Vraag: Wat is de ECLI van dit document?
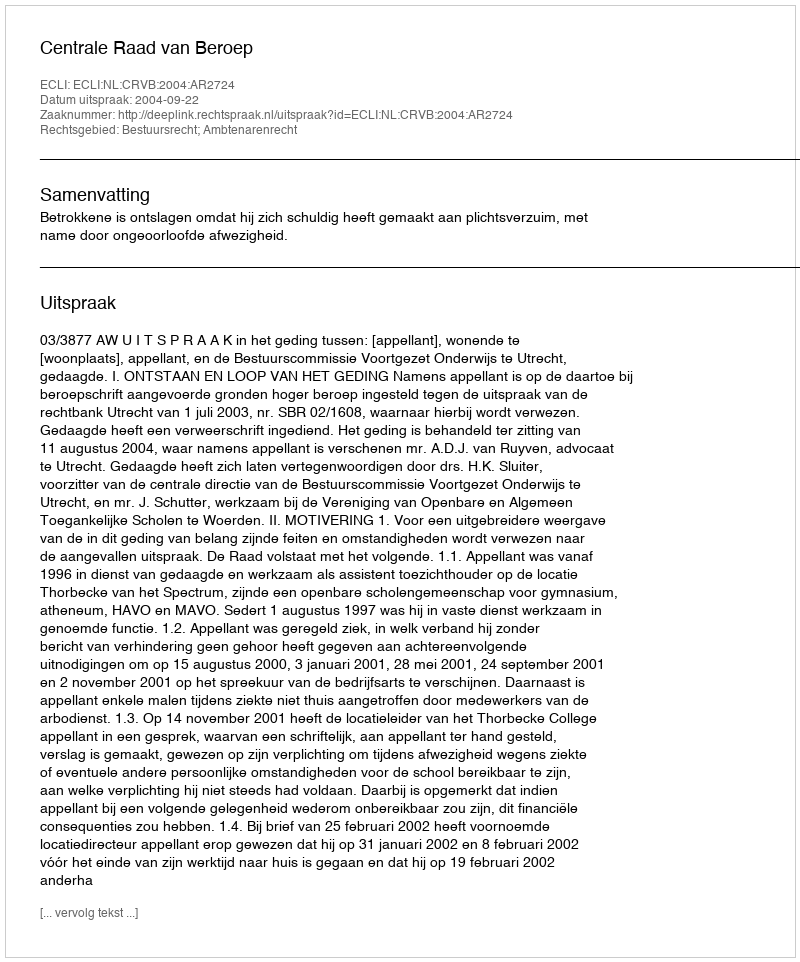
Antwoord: ECLI:NL:CRVB:2004:AR2724